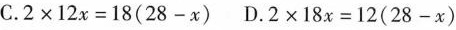
C.$$2 \times 1 2 x = 1 8 ( 2 8 - x )$$ D.$$2 \times 1 8 x = 1 2 ( 2 8 - x )$$